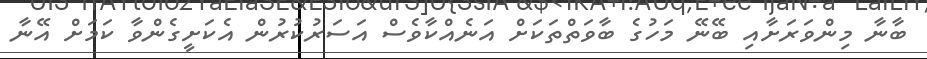
ބާނާ މިންވަރަށާއި ބޭނޭ މަހުގެ ބާވަތްތަކަށް އަނެއްކާވެސް އަސަރުކުރުން އެކަށީގެންވާ ކަމަށް އޭނާ